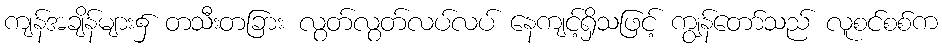
ကျန်အချိန်များ၌ တသီးတခြား လွတ်လွတ်လပ်လပ် နေကျင့်ရှိသဖြင့် ကျွန်တော်သည် လူစင်စစ်က